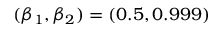
( \beta _ { 1 } , \beta _ { 2 } ) = ( 0 . 5 , 0 . 9 9 9 )